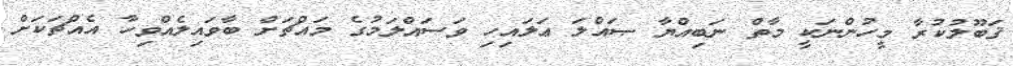
ޤަބޫލުކުރާ މީހުންނަކީ މާތް ނަބިއްޔާ ޞައްލަ ޢަލައިހި ވަސައްލަމުގެ މައްޗަށް ބާވައިލެއްވިހާ އެއްޗަކަށް